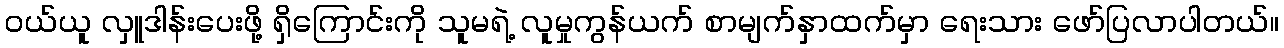
ဝယ်ယူ လှူဒါန်းပေးဖို့ ရှိကြောင်းကို သူမရဲ့ လူမှုကွန်ယက် စာမျက်နှာထက်မှာ ရေးသား ဖော်ပြလာပါတယ်။